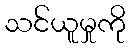
သင်ယူမှုကို